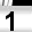
Digit: 1